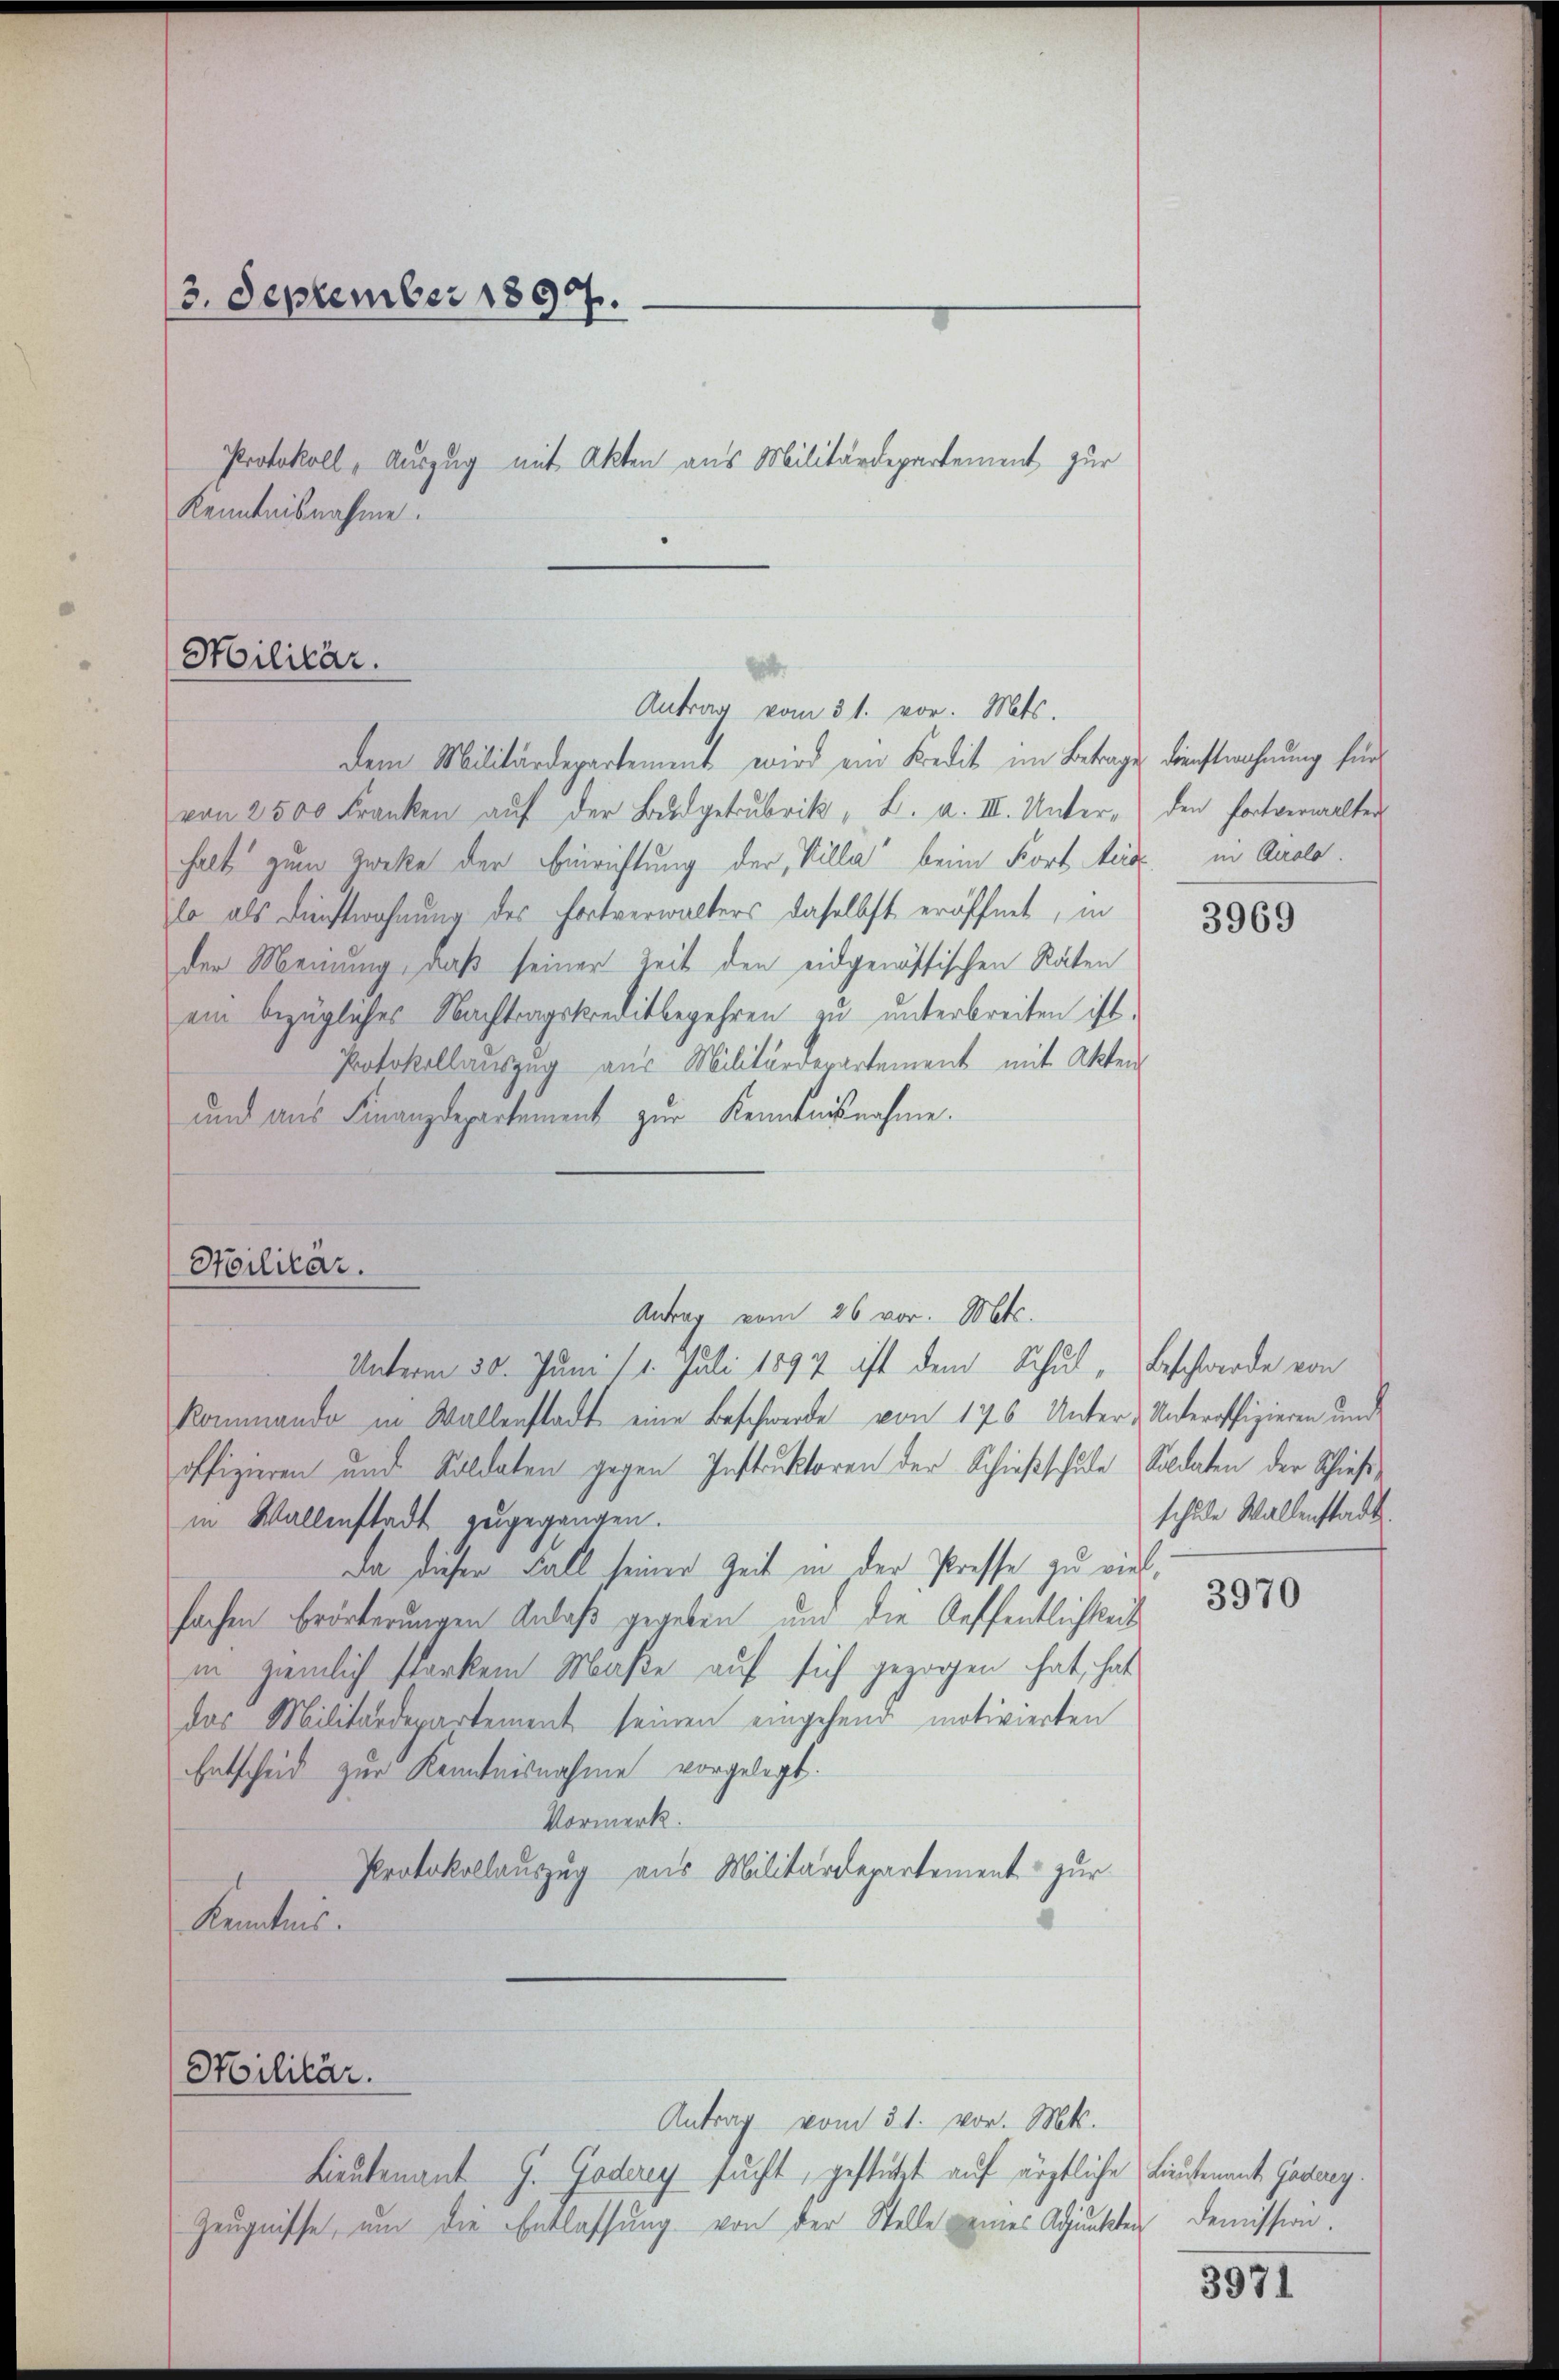
3. September 1897.
Protokoll - Auszug mit Akten aus Militärdepartement zur
Kenntnisnahme.

Militär.

dem Militärdepartement wird ein Kredit im Betrages dienstwohnung für
von 2500 Franken aŭf der Bŭdgetrubrik, L. a. III. Unter- den fortverwalter
halt zum Zweke der Einrichtung der Villa“ beim Fort Leid in Auslo
lo als Dinstwohnung des Fortverwalters daselbst eröffnet, in
der Meinung, daß seiner Zeit den eidgenössischen Raten
ein bezügliches Nachtragskreditbegehren zu unterbreiten ist.
Protokollauszug aus Militärderartement mit Akten
und aus Finanzdepartement zur Kenntnisnahme.
Antrag vom 26 vor. Mts.
Unterm 30. Juni 11. Juli 1897 ist dem Schul-Beschwerde von
Kommando in Wallenstadt eine Beschwerde von 176 Unter-Unteroffizieren und
offizieren und Soldaten gegen Instruktoren der Schießschule Soldaten der Schießin Wallenstadt zugegangen.
Da dieser Fall seiner Zeit in der Presse zu vielhachen Erörterungen Anlaß gegeben, und die Auffentlichkeits
in ziemlich starkem Maße auf sich gezogen hat, hat
das Militärdepartement seinen eingehend motivierten
Entscheid zur Kenntnisnahme vorgelegt.
Vormerk.
Protokollauszug aus Militärdepartement zur
Kenntnis.

Hilitär.

Militär.

Antrag vom 31. vor. Mts.

Antrag vom 31. vor. Mts.
Lieutenant G. Godery sucht, gestützt auf ärztliche Lieutenant Gasaeg.
Zeugnisse, um die Entlassung von der Stelle eines Adjunkten Demission.

3969

schule Wallenstadt.

3970

3971